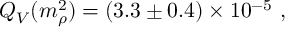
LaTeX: Q _ { V } ( m _ { \rho } ^ { 2 } ) = ( 3 . 3 \pm 0 . 4 ) \times 1 0 ^ { - 5 } \ ,